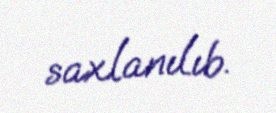
saxlanılıb.